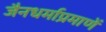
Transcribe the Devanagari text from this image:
जैनधर्माप्रमाणें